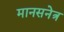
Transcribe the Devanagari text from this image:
मानसनेत्र